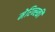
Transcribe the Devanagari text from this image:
मेरिन्स्की